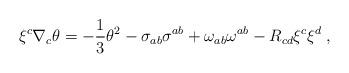
LaTeX: \begin{align*}\xi^c \nabla_c \theta = -\frac{1}{3} \theta^2 - \sigma_{ab} \sigma^{ab} +\omega_{ab}\omega^{ab} - R_{cd} \xi^c \xi^d\;,\end{align*}